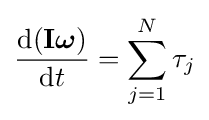
{\frac {\mathrm {d} (\mathbf {I} {\boldsymbol {\omega }})}{\mathrm {d} t}}=\sum _{j=1}^{N}\tau _{j}